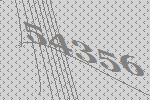
54356